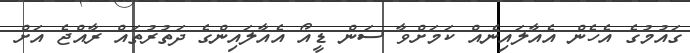
ގައުމުގެ އެހެން އެއާލައިނެއް ކަމަށްވާ ސަން ޑީއޯ އެއާލައިންގެ ދަތުރުތައް ރާއްޖެ އަށް